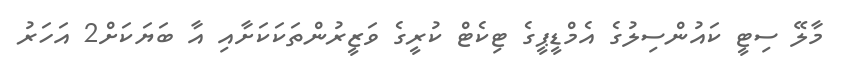
މާލޭ ސިޓީ ކައުންސިލުގެ އެމްޑީޕީގެ ޓިކެޓް ކުރީގެ ވަޒީރުންތަކަކަށާއި އާ ބަޔަކަށް2 އަހަރު